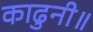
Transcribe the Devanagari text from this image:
काढुनी॥